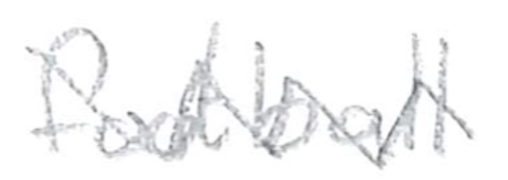
Text: football
Cross-out: zig-zag
Writing tool: pencil